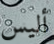
أليس